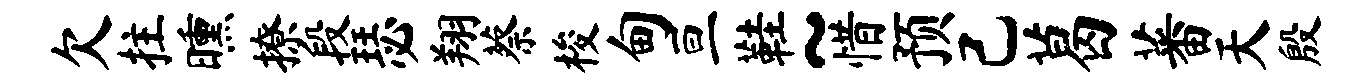
欠拄曛撩段瑟翔蔡梭甸亘鞋~惜预己葛蕃天殷